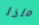
ماذا